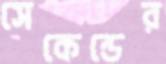
সেকেন্ডের